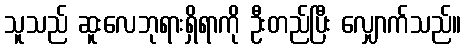
သူသည် ဆူးလေဘုရားရှိရာကို ဦးတည်ပြီး လျှောက်သည်။